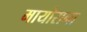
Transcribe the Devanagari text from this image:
मायोराना